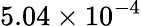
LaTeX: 5.04\times 10^{-4}